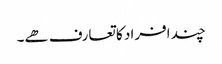
چند افراد کا تعارف ھے۔